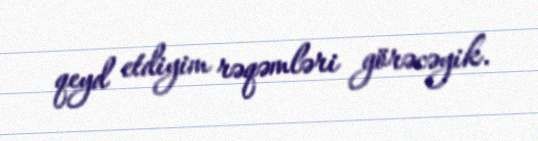
qeyd etdiyim rəqəmləri görəcəyik.